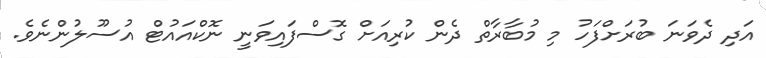
އަދި ދެވަނަ ބުރަށްފަހު މި މުބާރާތް ދެން ކުރިއަށް ގޮސްފައިވަނީ ނޮކްއައުޓް އުސޫލުންނެވެ.